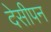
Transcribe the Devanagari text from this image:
देसीपन